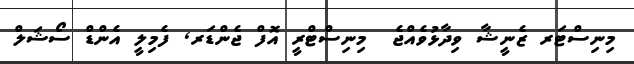
މިނިސްޓަރ ޒެނީޝާ ވިދާޅުވެއްޖެ  މިނިސްޓްރީ އޮފް ޖެންޑަރ